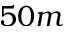
5 0 m